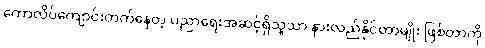
ကောလိပ်ကျောင်းတက်နေတဲ့ ပညာရေးအဆင့်ရှိသူသာ နားလည်နိုင်တာမျိုး ဖြစ်တာကို